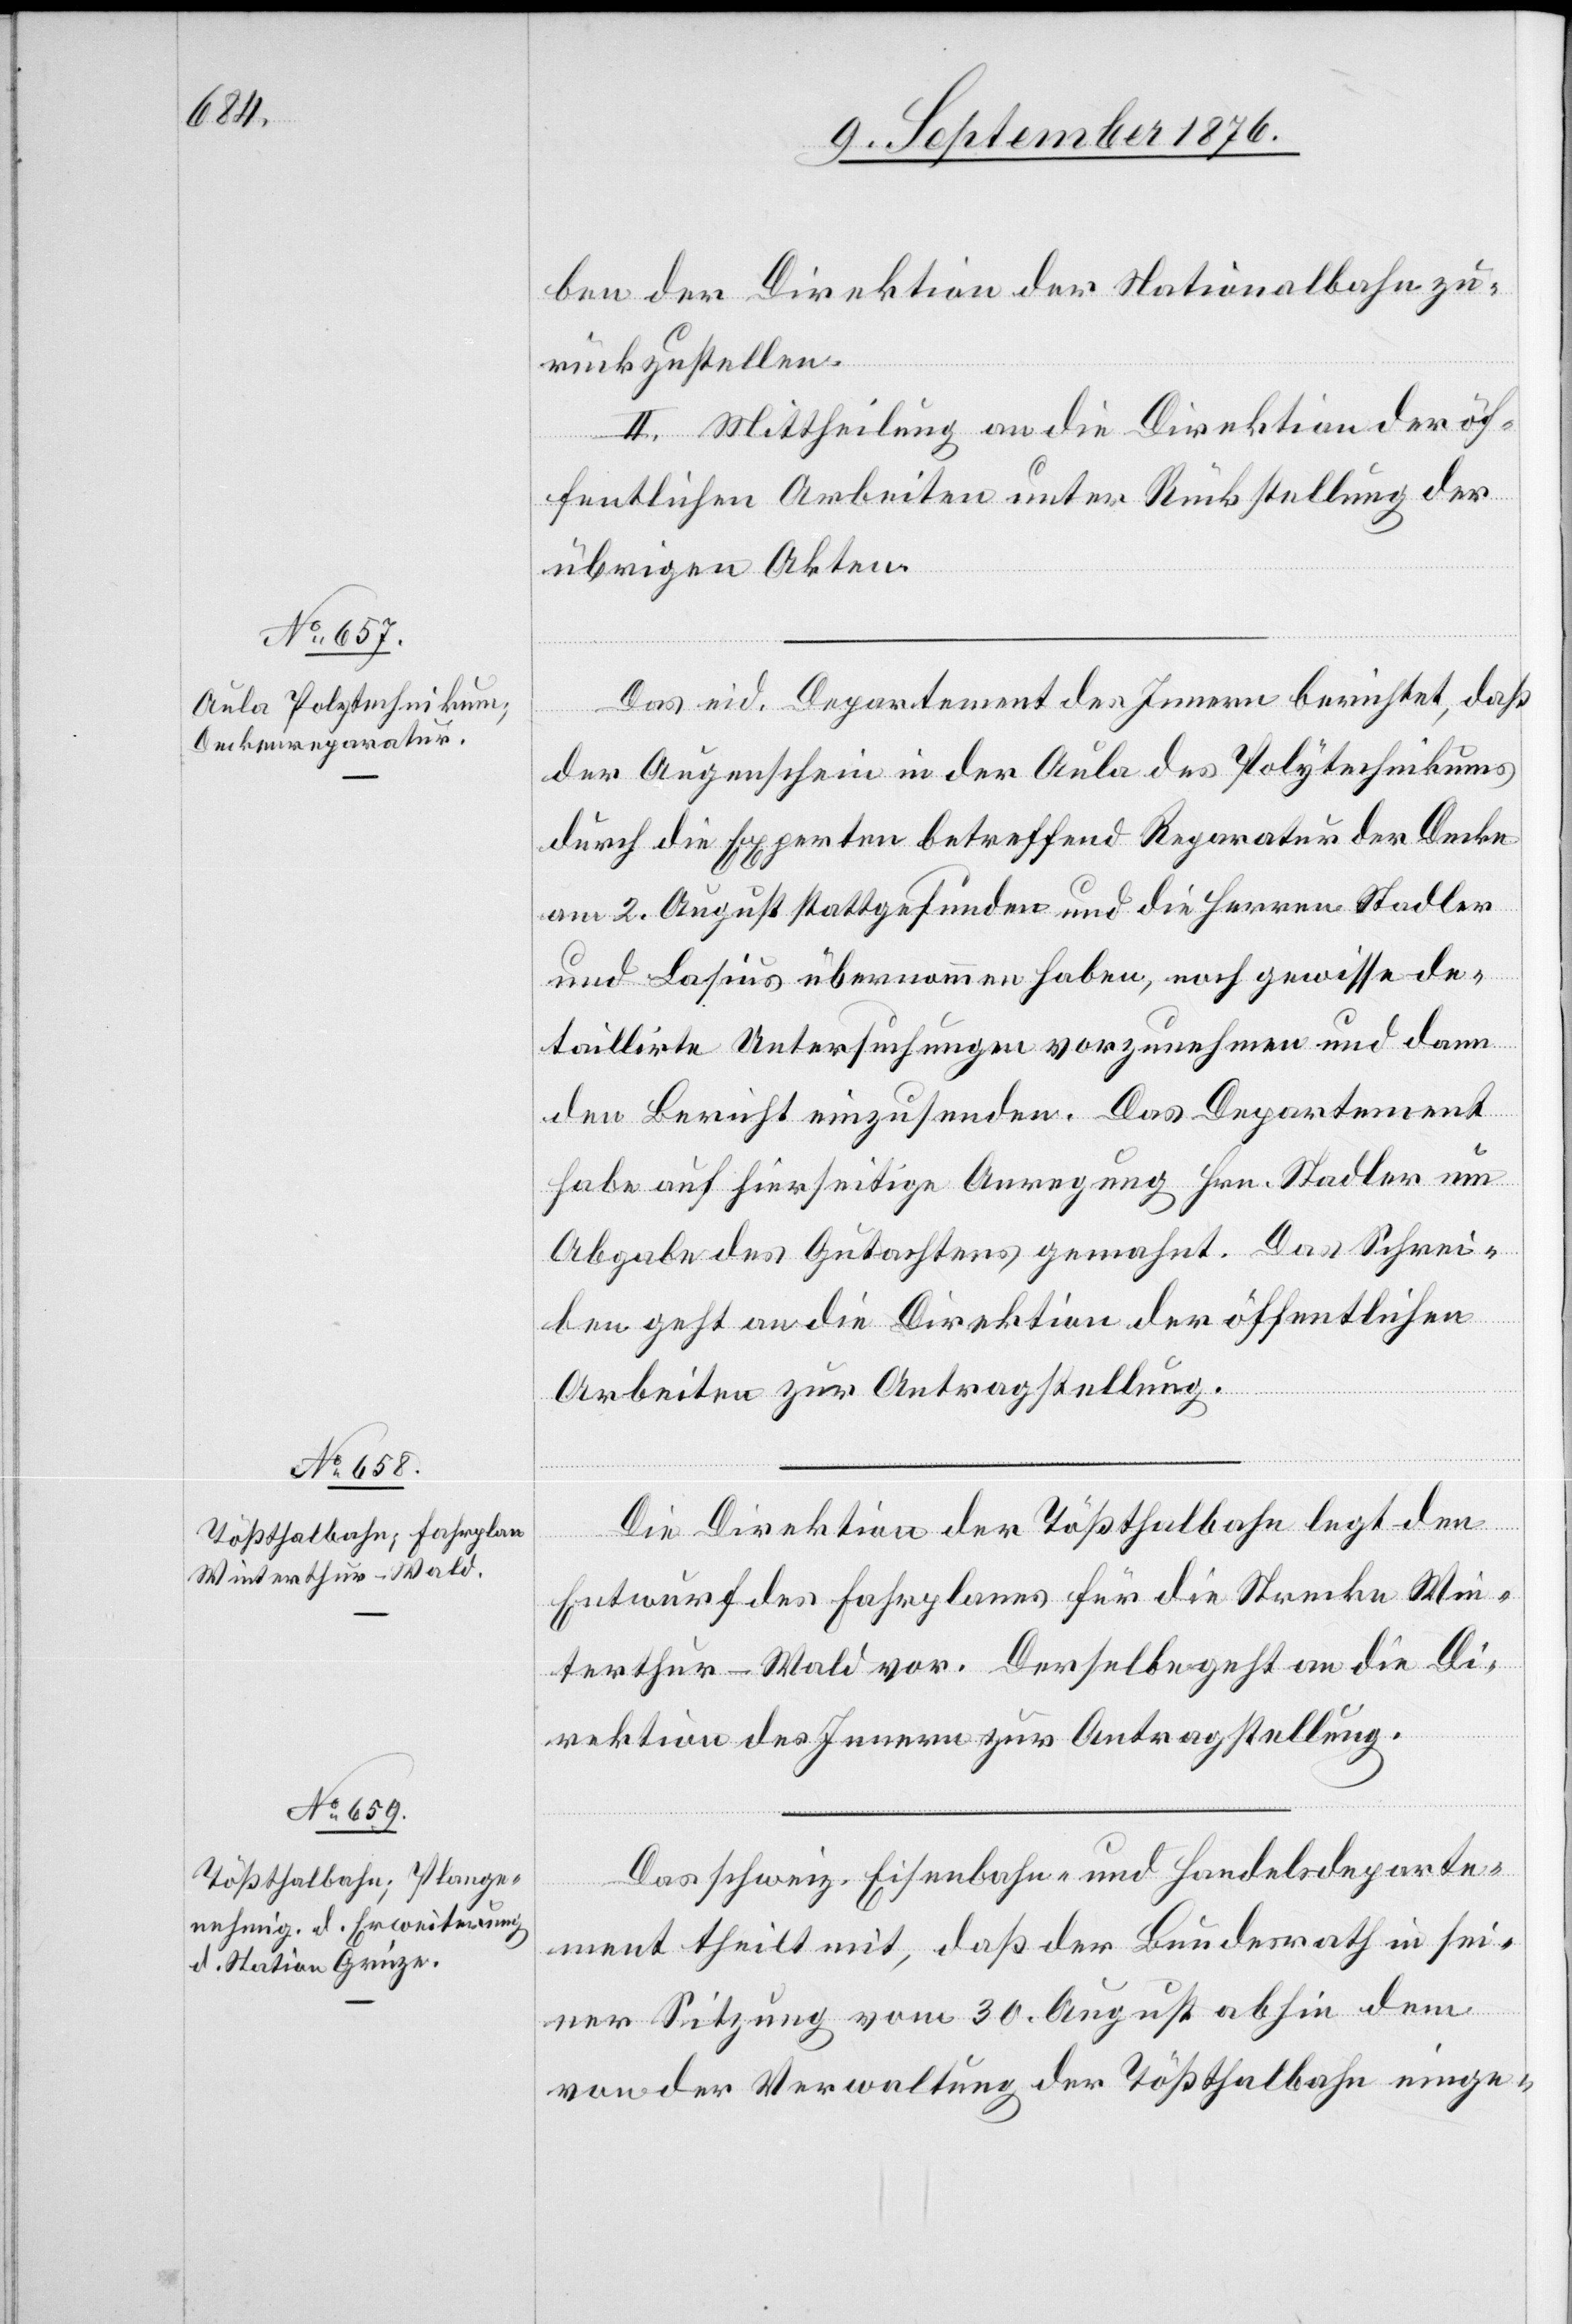
ben der Direktion der Nationalbahn zu¬
rückzustellen.
II. Mittheilung an die Direktion der öf¬
fentlichen Arbeiten unter Rückstellung der
übrigen Akten.
Das eid. Departement des Innern berichtet, daß
der Augenschein in der Aula des Polytechnikums
durch die Experten betreffend Reparatur der Decke
am 2. August stattgefunden und die Herren Stadler
und Lasius übernommen haben, noch gewisse de¬
taillirte Untersuchungen vorzunehmen und dann
den Bericht einzusenden. Das Departement
habe auf hierseitige Anregung Hrn. Stadler um
Abgabe des Gutachtens gemahnt. Das Schrei¬
ben geht an die Direktion der öffentlichen
Arbeiten zur Antragstellung.
Die Direktion der Tößthalbahn legt den
Entwurf des Fahrplanes für die Strecke Win¬
terthur–Wald vor. Derselbe geht an die Di¬
rektion des Innern zur Antragstellung.
Das schweiz. Eisenbahn- und Handelsdeparte¬
ment theilt mit, daß der Bundesrath in sei¬
ner Sitzung vom 30. August abhin dem
von der Verwaltung der Tößthalbahn einge-